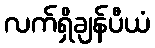
လက်ရှိချန်ပီယံ